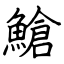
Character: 䱽